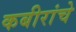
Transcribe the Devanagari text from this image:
कबीरांचे